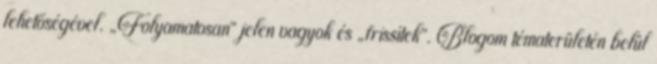
lehetőségével. „Folyamatosan” jelen vagyok és „frissítek”. Blogom tématerületén belül